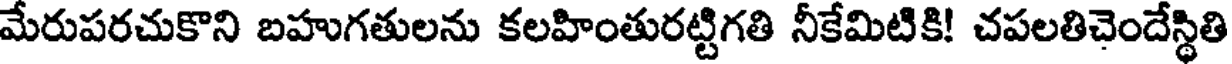
మేరుపరచుకొని బహుగతులను కలహింతురట్టిగతి నీకేమిటికి! చపలతిచెందేస్థితి